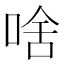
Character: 啥